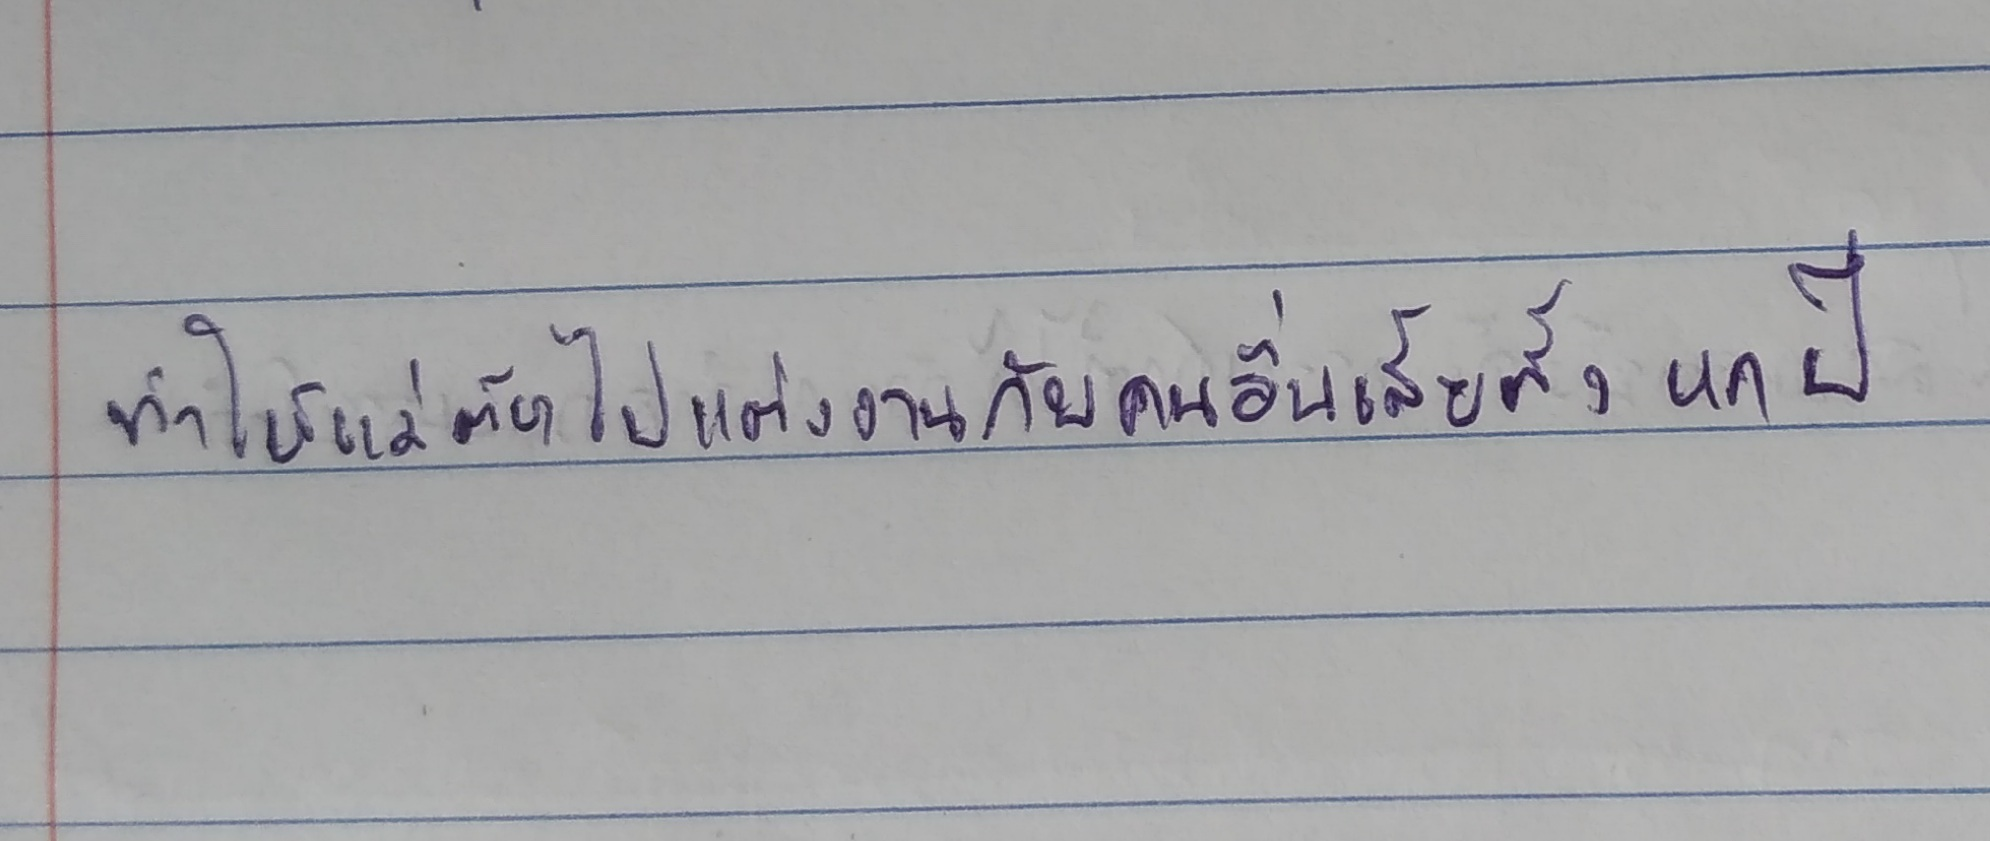
ทำให้แม่ต้องไปแต่งงานกับคนอื่นเสียตั้งหกปี..."